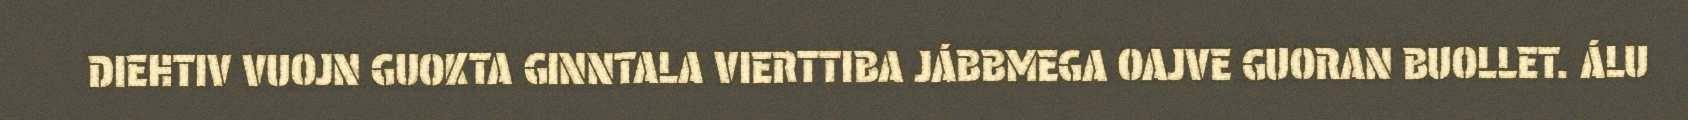
DIEHTIV VUOJN GUOKTA GINNTALA VIERTTIBA JÁBBMEGA OAJVE GUORAN BUOLLET. ÁLU